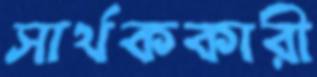
সার্থককারী